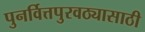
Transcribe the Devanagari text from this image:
पुनर्वित्तपुरवठ्यासाठी